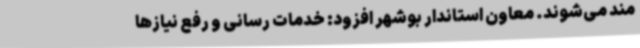
مند می‌شوند. معاون استاندار بوشهر افزود: خدمات رسانی و رفع نیازها